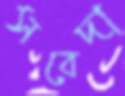
সবেদা